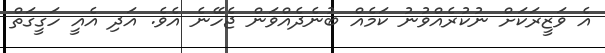
އެ ވަޒީރަކަށް ނުކުރެއްވުނު ކަމެއް ބުނެދެއްވަން ޖެހޭނެ އެވެ. އަދި އެއީ ހަގީގަތް